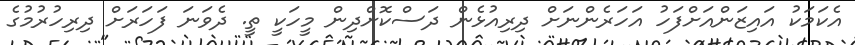
އެކަމަކު އައިޒަންއަށްފަހު އަހަރެންނަށް ދިރިއުޅެން ދަސްކޮށްދިން މީހަކީ ތީ. ދެވަނަ ފަހަރަށް ދިރިހުރުމުގެ